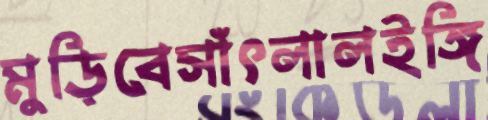
মুড়িবেসাঁৎলালইঙ্গি